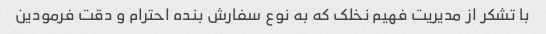
با تشکر از مدیریت فهیم نخلک که به نوع سفارش بنده احترام و دقت فرمودین